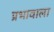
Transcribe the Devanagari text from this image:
प्रभावाला